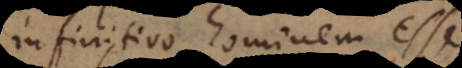
infinitivo hominem esse.